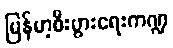
မြန်မာ့စီးပွားရေးကဏ္ဍ